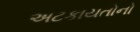
અટકાયતોનો